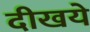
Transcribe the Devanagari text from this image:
दीखये